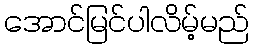
အောင်မြင်ပါလိမ့်မည်